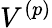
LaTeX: V^{(p)}